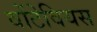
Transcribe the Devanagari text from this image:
वोंटेवियस